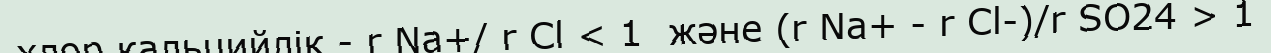
хлор кальцийлік - r Na+/ r Cl < 1  және (r Na+ - r Cl-)/r SO24 > 1